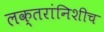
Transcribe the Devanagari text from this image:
लक्तरांनिशीच